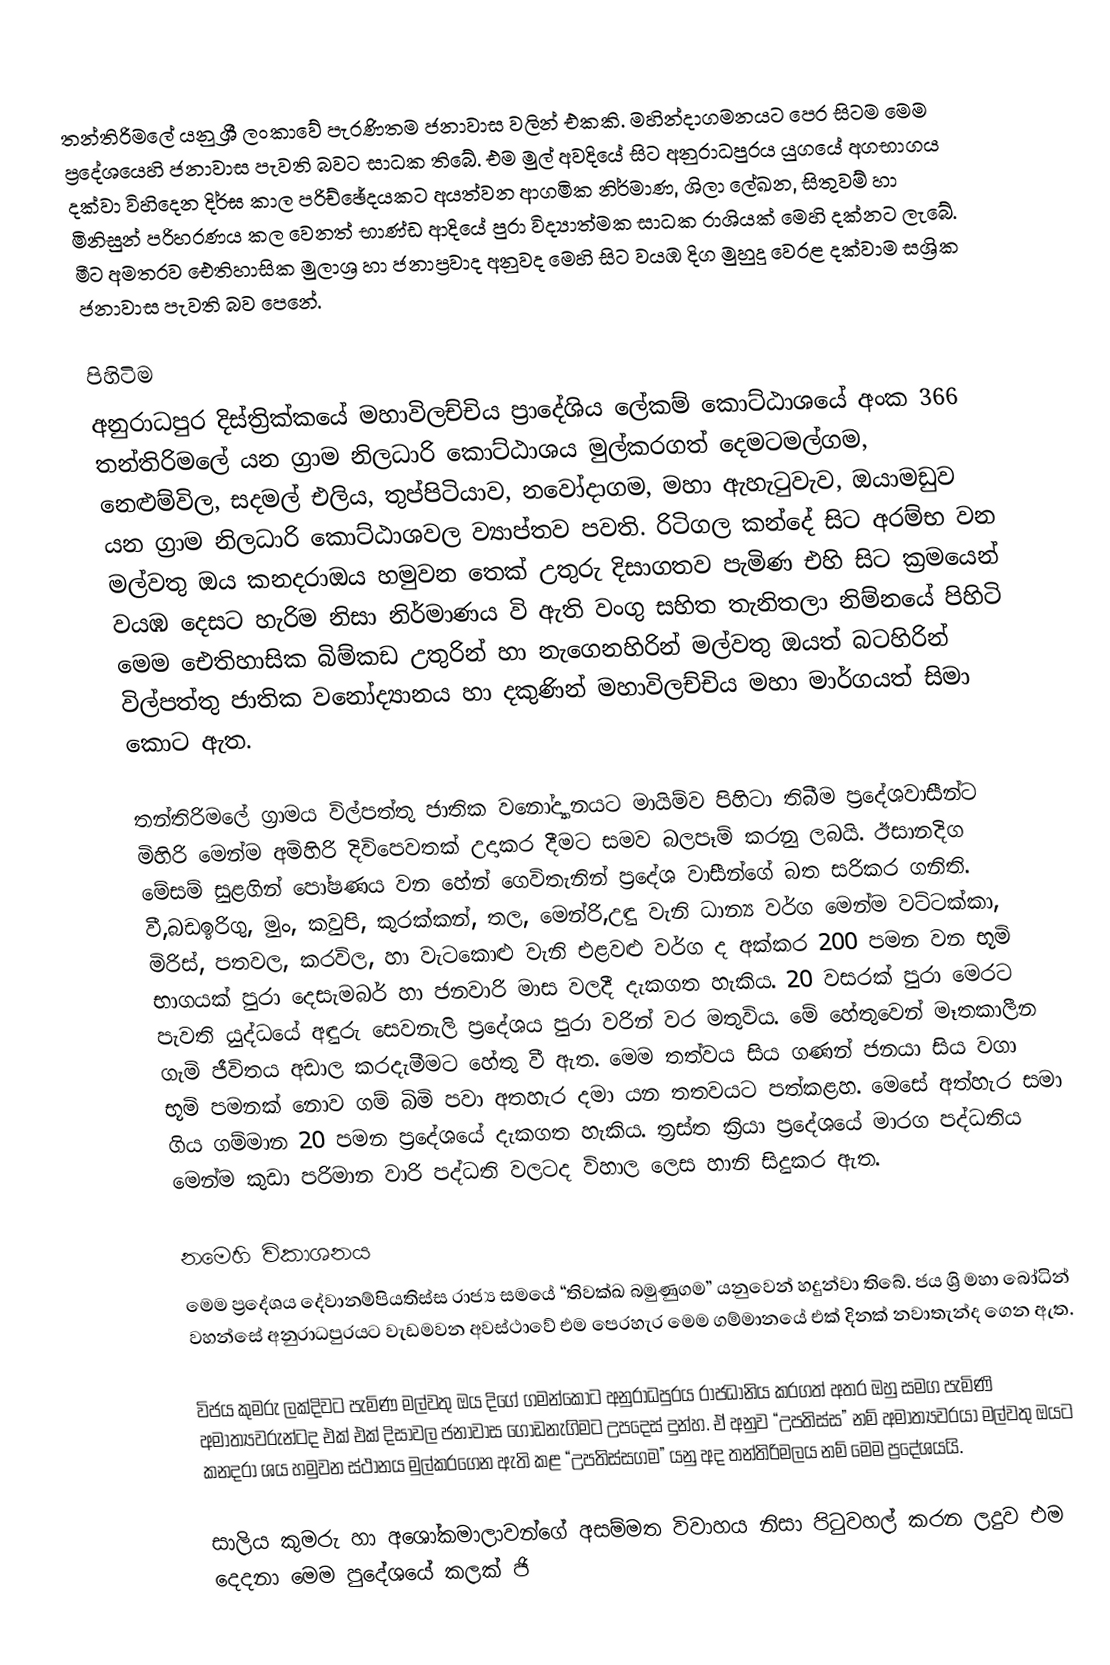
තන්තිරිමලේ යනු ශ්‍රී ලංකාවේ පැරණිතම ජනාවාස වලින් එකකි. මහින්දාගමනයට පෙර සිටම මෙම ප්‍රදේශයෙහි ජනාවාස පැවති බවට සාධක තිබේ. එම මුල් අවදියේ සිට අනුරාධපුරය යුගයේ අගභාගය දක්වා විහිදෙන දිර්ඝ කාල පරිච්ඡේදයකට අයත්වන ආගමික නිර්මාණ, ශිලා ලේඛන, සිතුවම් හා මිනිසුන් පරිහරණය කල වෙනත් භාණ්ඩ ආදියේ පුරා විද්‍යාත්මක සාධක රාශියක් මෙහි දක්නට ලැබේ. මීට අමතරව ‍ඓතිහාසික මුලාශ්‍ර හා ජනාප්‍රවාද අනුවද  මෙහි සිට වයඹ දිග මුහුදු වෙරළ දක්වාම සශ්‍රික ජනාවාස පැවති බව පෙනේ.

පිහිටිම
අනුරාධපුර දිස්ත්‍රික්කයේ මහාවිලච්චිය ප්‍රාදේශිය ලේකම් කොට්ඨාශයේ අංක 366 තන්තිරිමලේ යන ග්‍රාම නිලධාරි කොට්ඨාශය මුල්කරගත් දෙමටමල්ගම, නෙළුම්විල, සදමල් එලිය, තුප්පිටියාව, නවෝදාගම, මහා ඇහැටුවැව, ඔයාමඩුව යන ග්‍රාම නිලධාරි කොට්ඨාශවල ව්‍යාප්තව පවති. රිටිගල කන්දේ සිට අරම්භ වන මල්වතු ඔය කනදරාඔය හමුවන තෙක් උතුරු දිසාගතව පැමිණ එහි සිට ක්‍රමයෙන් වයඹ දෙසට හැරිම නිසා නිර්මාණය වි ඇති වංගු සහිත තැනිතලා නිම්නයේ පිහිටි මෙම ඓතිහාසික බිම්කඩ උතුරින් හා නැගෙනහිරින් මල්වතු ඔයත් බටහිරින් විල්පත්තු ජාතික වනෝද්‍යානය හා දකුණින් මහාවිලච්චිය මහා මාර්ගයත් සිමා කොට ඇත.

තන්තිරිමලේ ග්‍රාමය විල්පත්තු ජාතික වනෝද්‍යානයට මායිම්ව පිහිටා තිබීම ප්‍රදේශවාසීන්ට මිහිරි මෙන්ම අමිහිරි දිවිපෙවතක් උදාකර දීමට සමව බලපෑම් කරනු ලබයි. ඊසානදිග මේසම් සුළගින් පෝෂණය වන හේන් ගෙවිතැනින් ප්‍රදේශ වාසීන්ගේ බත සරිකර ගනිති. වී,බඩඉරිගු, මුං, කවුපි, කුරක්කන්, තල, මෙන්රි,උඳු වැනි ධාන්‍ය වර්ග මෙන්ම වට්ටක්කා, මිරිස්, පතවල, කරවිල, හා වැටකොළු වැනි එළවළු වර්ග ද අක්කර 200 පමන වන භූමි භාගයක් පුරා දෙසැමබර් හා ජනවාරි මාස වලදී දැකගත හැකිය. 20 වසරක් පුරා මෙරට පැවති යුද්ධයේ අඳුරු සෙවනැලි ප්‍රදේශය පුරා වරින් වර මතුවිය. මේ හේතුවෙන් මෑතකාලීන ගැමි ජීවිතය අඩාල කරදැමීමට හේතු වී ඇත. මෙම තත්වය සිය ගණන් ජනයා සිය වගා භූමි පමනක් නොව ගම් බිමි පවා අතහැර දමා යන තතවයට පත්කළහ. මෙසේ අත්හැර සමා ගිය ගම්මාන 20 පමන ප්‍රදේශයේ දැකගත හැකිය. ත්‍රස්ත ක්‍රියා ප්‍රදේශයේ මාරග පද්ධතිය මෙන්ම කුඩා පරිමාන වාරි පද්ධති වලටද විහාල ලෙස හානි සිදුකර ඇත.

නමෙහි විකාශනය
මෙම ප්‍රදේශය දේවානම්පියතිස්ස රාජ්‍ය සමයේ “තිවක්ඛ බමුණුගම” යනුවෙන් හදුන්වා තිබේ. ජය ශ්‍රි මහා බෝධින් වහන්සේ අනුරාධපුරයට වැඩමවන අවස්ථාවේ එම පෙරහැර මෙම ගම්මානයේ එක් දිනක් නවාතැන්ද ගෙන ඇත.

විජය කුමරු ලක්දිවට පැමිණ මල්වතු ඔය දිගේ ගමන්කොට අනුරාධපුරය රාජධානිය කරගත් අතර ඔහු සමග පැමිණි අමාත්‍යවරුන්ටද එක් එක් දිසාවල ජනාවාස ගොඩනැගිමට උපදෙස් දුන්හ. ඒ අනුව “උපතිස්ස” නම් අමාත්‍යවරයා මල්වතු ඔයට කනදරා ශය හමුවන ස්ථානය මුල්කරගෙන ඇති කළ “උපතිස්සගම” යනු අද තන්තිරිමලය නම් මෙම ප්‍රදේශයයි.

සාලිය කුමරු හා අශෝකමාලාවන්ගේ අසම්මත විවාහය නිසා පිටුවහල් කරන ලදුව එම දෙදනා මෙම පුදේශයේ කලක් ජි